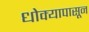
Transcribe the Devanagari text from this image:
धोक्यापासून